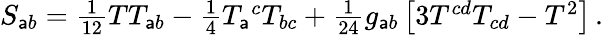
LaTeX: S_{\mathsf{a}b}=\textstyle{\frac{{1}}{{12}}}TT_{\mathsf{a}b}-\textstyle{\frac{{1}}{{4}}}T_{\mathsf{a}}{}^{c}T_{bc}+\textstyle{\frac{{1}}{{24}}}g_{\mathsf{a}b}\left[3T^{cd}T_{cd}-T^{2}\right]\, .